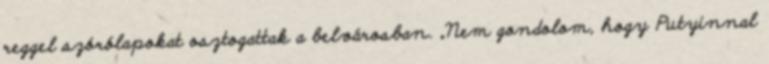
reggel szórólapokat osztogattak a belvárosban. „Nem gondolom, hogy Putyinnal